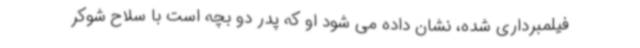
فیلمبرداری شده، نشان داده می شود او که پدر دو بچه است با سلاح شوکر